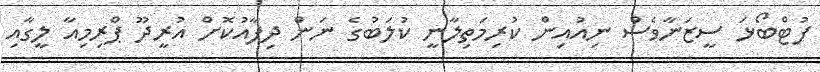
ފުޓްބޯޅަ ސީޒަނާވެސް ނިއުއިން ކުރިމަތިލާނީ ކުލަބުގެ ނަން ދިފާއުކޮށް އުރީދޫ ޕްރިމިއާ ލީގާއި